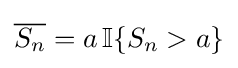
{\overline {S_{n}}}=a\operatorname {\mathbb {I} } \{S_{n}>a\}